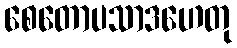
စေတောပသာဒဟေတု